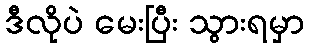
ဒီလိုပဲ မေးပြီး သွားရမှာ